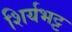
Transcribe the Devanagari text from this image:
शिर्यभट्ट